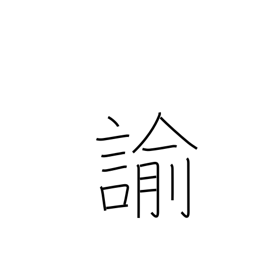
Meaning: rebuke